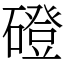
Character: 磴